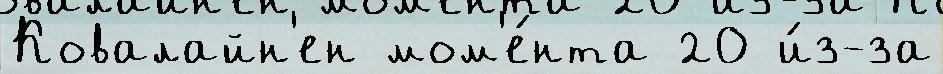
Ковалайн'ен мом'е́нта 20 и́з-за